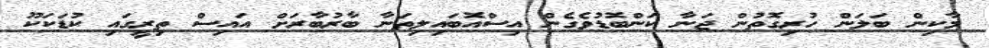
މާކިން ބަލަން ހުރިގޮތުން ޖަނާ ކަންބޮޑުވެގެން އިސްއޮބައިލިތަނާ ބާރުބާރަށް އައިސް ތިރީގައި ކުޑަކަކޫ